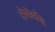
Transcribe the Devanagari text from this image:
टोपोशीट्स